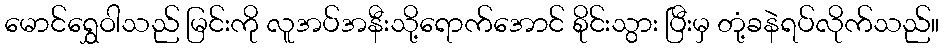
မောင်ရွှေဝါသည် မြင်းကို လူအပ်အနီးသို့ရောက်အောင် စိုင်းသွား ပြီးမှ တုံ့ခနဲရပ်လိုက်သည်။